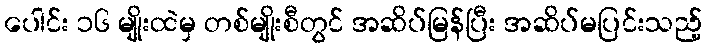
ပေါင်း ၁၆ မျိုးထဲမှ တစ်မျိုးစီတွင် အဆိပ်မြန်ပြီး အဆိပ်မပြင်းသည့်